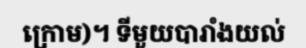
ក្រោម)។ ទីមួយបារាំងយល់